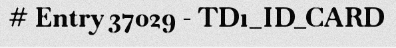
# Entry 37029 - TD1_ID_CARD